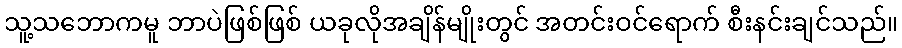
သူ့သဘောကမူ ဘာပဲဖြစ်ဖြစ် ယခုလိုအချိန်မျိုးတွင် အတင်းဝင်ရောက် စီးနင်းချင်သည်။